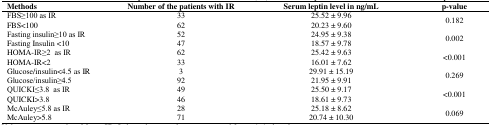
<table><thead><tr><td><b>Methods</b></td><td><b>Number of the patients with IR</b></td><td><b>Serum leptin level in ng/mL</b></td><td><b>p-value</b></td></tr></thead><tbody><tr><td>FBS≥100 as IR</td><td>33</td><td>25.52 ± 9.96</td><td rowspan="2">0.182</td></tr><tr><td>FBS&lt;100</td><td>62</td><td>20.23 ± 9.60</td></tr><tr><td>Fasting insulin≥10 as IR</td><td>52</td><td>24.95 ± 9.38</td><td rowspan="2">0.002</td></tr><tr><td>Fasting Insulin &lt;10</td><td>47</td><td>18.57 ± 9.78</td></tr><tr><td>HOMA-IR≥2 as IR</td><td>62</td><td>25.42 ± 9.63</td><td rowspan="2">&lt;0.001</td></tr><tr><td>HOMA-IR&lt;2</td><td>33</td><td>16.01 ± 7.62</td></tr><tr><td>Glucose/insulin&lt;4.5 as IR</td><td>3</td><td>29.91 ± 15.19</td><td rowspan="2">0.269</td></tr><tr><td>Glucose/insulin≥4.5</td><td>92</td><td>21.95 ± 9.91</td></tr><tr><td>QUICKI≤3.8 as IR</td><td>49</td><td>25.50 ± 9.17</td><td rowspan="2">&lt;0.001</td></tr><tr><td>QUICKI&gt;3.8</td><td>46</td><td>18.61 ± 9.73</td></tr><tr><td>McAuley≤5.8 as IR</td><td>28</td><td>25.18 ± 8.62</td><td rowspan="2">0.069</td></tr><tr><td>McAuley&gt;5.8</td><td>71</td><td>20.74 ± 10.30</td></tr></tbody></table>